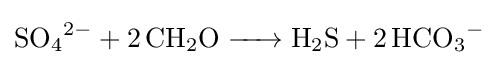
{\ce {SO4^2- +2CH2O -> H2S +2HCO3^-}}